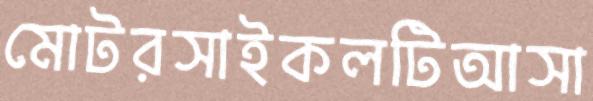
মোটরসাইকলটিআসা